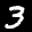
Label: 3